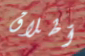
أطلاق